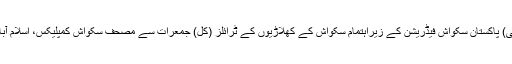
17 اکتوبر (اے پی پی) پاکستان سکواش فیڈریشن کے زیراہتمام سکواش کے کھلاڑیوں کے ٹرائلز (کل) جمعرات سے مصحف سکواش کمپلیکس، اسلام آباد میں شروع ہونگے۔